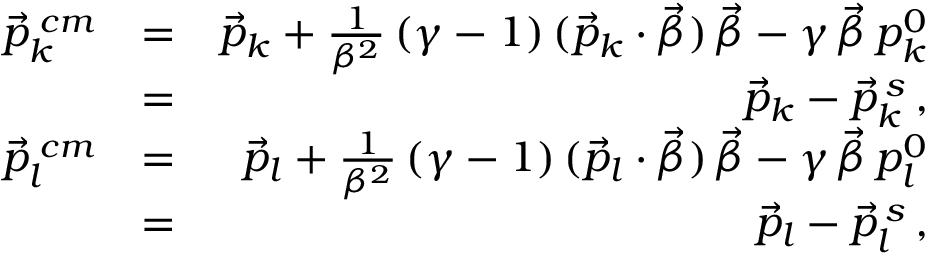
\begin{array} { r l r } { \vec { p } _ { k } ^ { \; c m } } & { = } & { \vec { p } _ { k } + \frac { 1 } { \beta ^ { 2 } } \, ( \gamma - 1 ) \, ( \vec { p } _ { k } \cdot \vec { \beta } ) \, \vec { \beta } - \gamma \, \vec { \beta } \, p _ { k } ^ { 0 } } \\ & { = } & { \vec { p } _ { k } - \vec { p } _ { k } ^ { \, s } \, , } \\ { \vec { p } _ { l } ^ { \; c m } } & { = } & { \vec { p } _ { l } + \frac { 1 } { \beta ^ { 2 } } \, ( \gamma - 1 ) \, ( \vec { p } _ { l } \cdot \vec { \beta } ) \, \vec { \beta } - \gamma \, \vec { \beta } \, p _ { l } ^ { 0 } } \\ & { = } & { \vec { p } _ { l } - \vec { p } _ { l } ^ { \, s } \, , } \end{array}